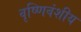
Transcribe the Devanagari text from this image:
वृष्णिवंशीय